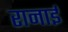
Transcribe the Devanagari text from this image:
रानाई